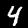
Label: 4